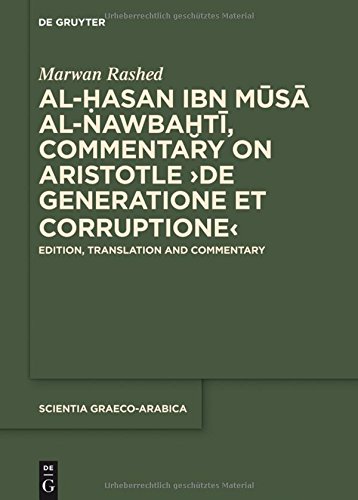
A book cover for Al-Hasan ibn Musa al-Nawbakhti, Commentary on Aristotle De generatione et corruptione (Scientia Graeco-Arabica); Marwan Rashed; Politics & Social Sciences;